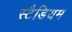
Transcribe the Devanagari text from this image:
स्टैडियम